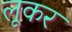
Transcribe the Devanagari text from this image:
लूकर